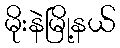
မိုးနဲမြို့နယ်